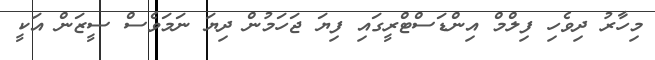
މިހާރު ދިވެހި ފިލްމް އިންޑަސްޓްރީގައި ފިޔަ ޖަހަމުން ދިޔަ ނަމަވެސް ސީޒަން އަކީ